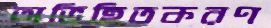
অভিহিতকরণ